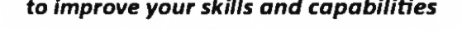
to improve your skills and capabilities